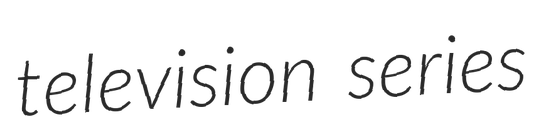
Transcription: television series